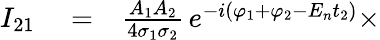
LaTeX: \begin{array}{rlr}{I_{21}}&{{}=}&{\frac{A_{1}A_{2}}{4\sigma_{1}\sigma_{2}}\, e^{-i(\varphi_{1}+\varphi_{2}-E_{n}t_{2})}\times}\end{array}